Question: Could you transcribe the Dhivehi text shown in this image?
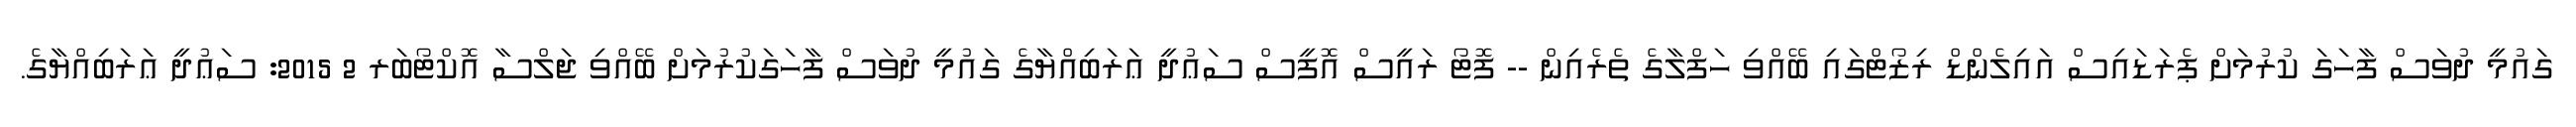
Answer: ގައުމީ ދުވަސް ފާހަގަ ކުރުމަށް ޕެރަޑައިސް އައިލެންޑް ރިޒޯޓްގައި ބޭއްވި ހަފްލާގެ ތެރެއިން -- ފޮޓޯ ރައީސް އޮފީސް ސަޢުދީ ޢަރަބިއްޔާގެ ގައުމީ ދުވަސް ފާހަގަކުރުމަށް ބޭއްވި ޖަލްސާ އޮކްޓޯބަރ 2 2015: ސަޢުދީ ޢަރަބިއްޔާގެ.